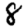
Digit: 8